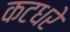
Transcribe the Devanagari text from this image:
कटधरे